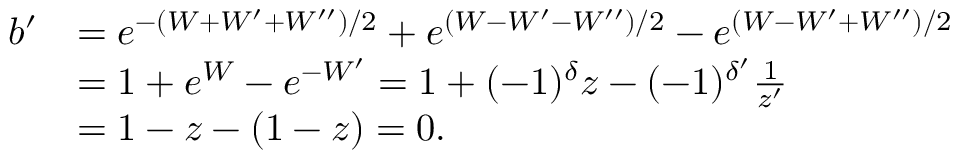
\begin{array} { r l } { b ^ { \prime } } & { = e ^ { - ( W + W ^ { \prime } + W ^ { \prime \prime } ) / 2 } + e ^ { ( W - W ^ { \prime } - W ^ { \prime \prime } ) / 2 } - e ^ { ( W - W ^ { \prime } + W ^ { \prime \prime } ) / 2 } } \\ & { = 1 + e ^ { W } - e ^ { - W ^ { \prime } } = 1 + ( - 1 ) ^ { \delta } z - ( - 1 ) ^ { \delta ^ { \prime } } \frac { 1 } { z ^ { \prime } } } \\ & { = 1 - z - ( 1 - z ) = 0 . } \end{array}